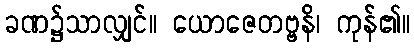
ခဏ၌သာလျှင်။ ယောဇေတဗ္ဗနိ၊ ကုန်၏။